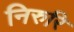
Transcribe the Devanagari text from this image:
निरुरि